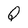
Character: Q